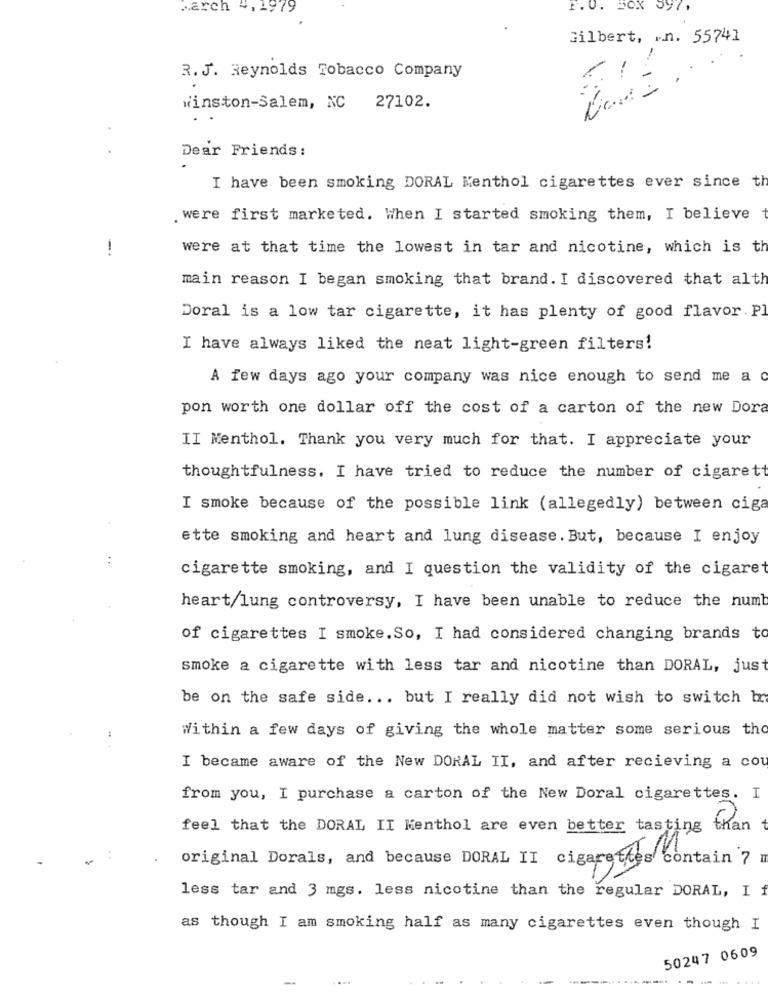
March 4, 1979
F. O. BOX 597,
Gilbert, .. n. 55741
R.J. Reynolds Tobacco Company
Winston-Salem, NC 27102.
-2
Dear Friends:
I have been smoking DORAL Menthol cigarettes ever since th
. were first marketed. When I started smoking them, I believe
-.
were at that time the lowest in tar and nicotine, which is th
main reason I began smoking that brand. I discovered that alth
Doral is a low tar cigarette, it has plenty of good flavor. Pl
I have always liked the neat light-green filters!
A few days ago your company was nice enough to send me a c
pon worth one dollar off the cost of a carton of the new Dora
II Menthol. Thank you very much for that. I appreciate your
thoughtfulness. I have tried to reduce the number of cigarett
I smoke because of the possible link (allegedly) between ciga
ette smoking and heart and lung disease. But, because I enjoy
cigarette smoking, and I question the validity of the cigaret
heart/lung controversy, I have been unable to reduce the numb
of cigarettes I smoke. So, I had considered changing brands to
smoke a cigarette with less tar and nicotine than DORAL, just
be on the safe side ... but I really did not wish to switch br
Within a few days of giving the whole matter some serious tho
I became aware of the New DONAL II, and after recieving a cou
from you, I purchase a carton of the New Doral cigarettes. I
feel that the DORAL II Menthol are even better tasting than
original Dorals, and because DORAL II cigarettes contain 7 m
less tar and 3 mgs. less nicotine than the regular DORAL, I f
as though I am smoking half as many cigarettes even though I
50247 0609
...